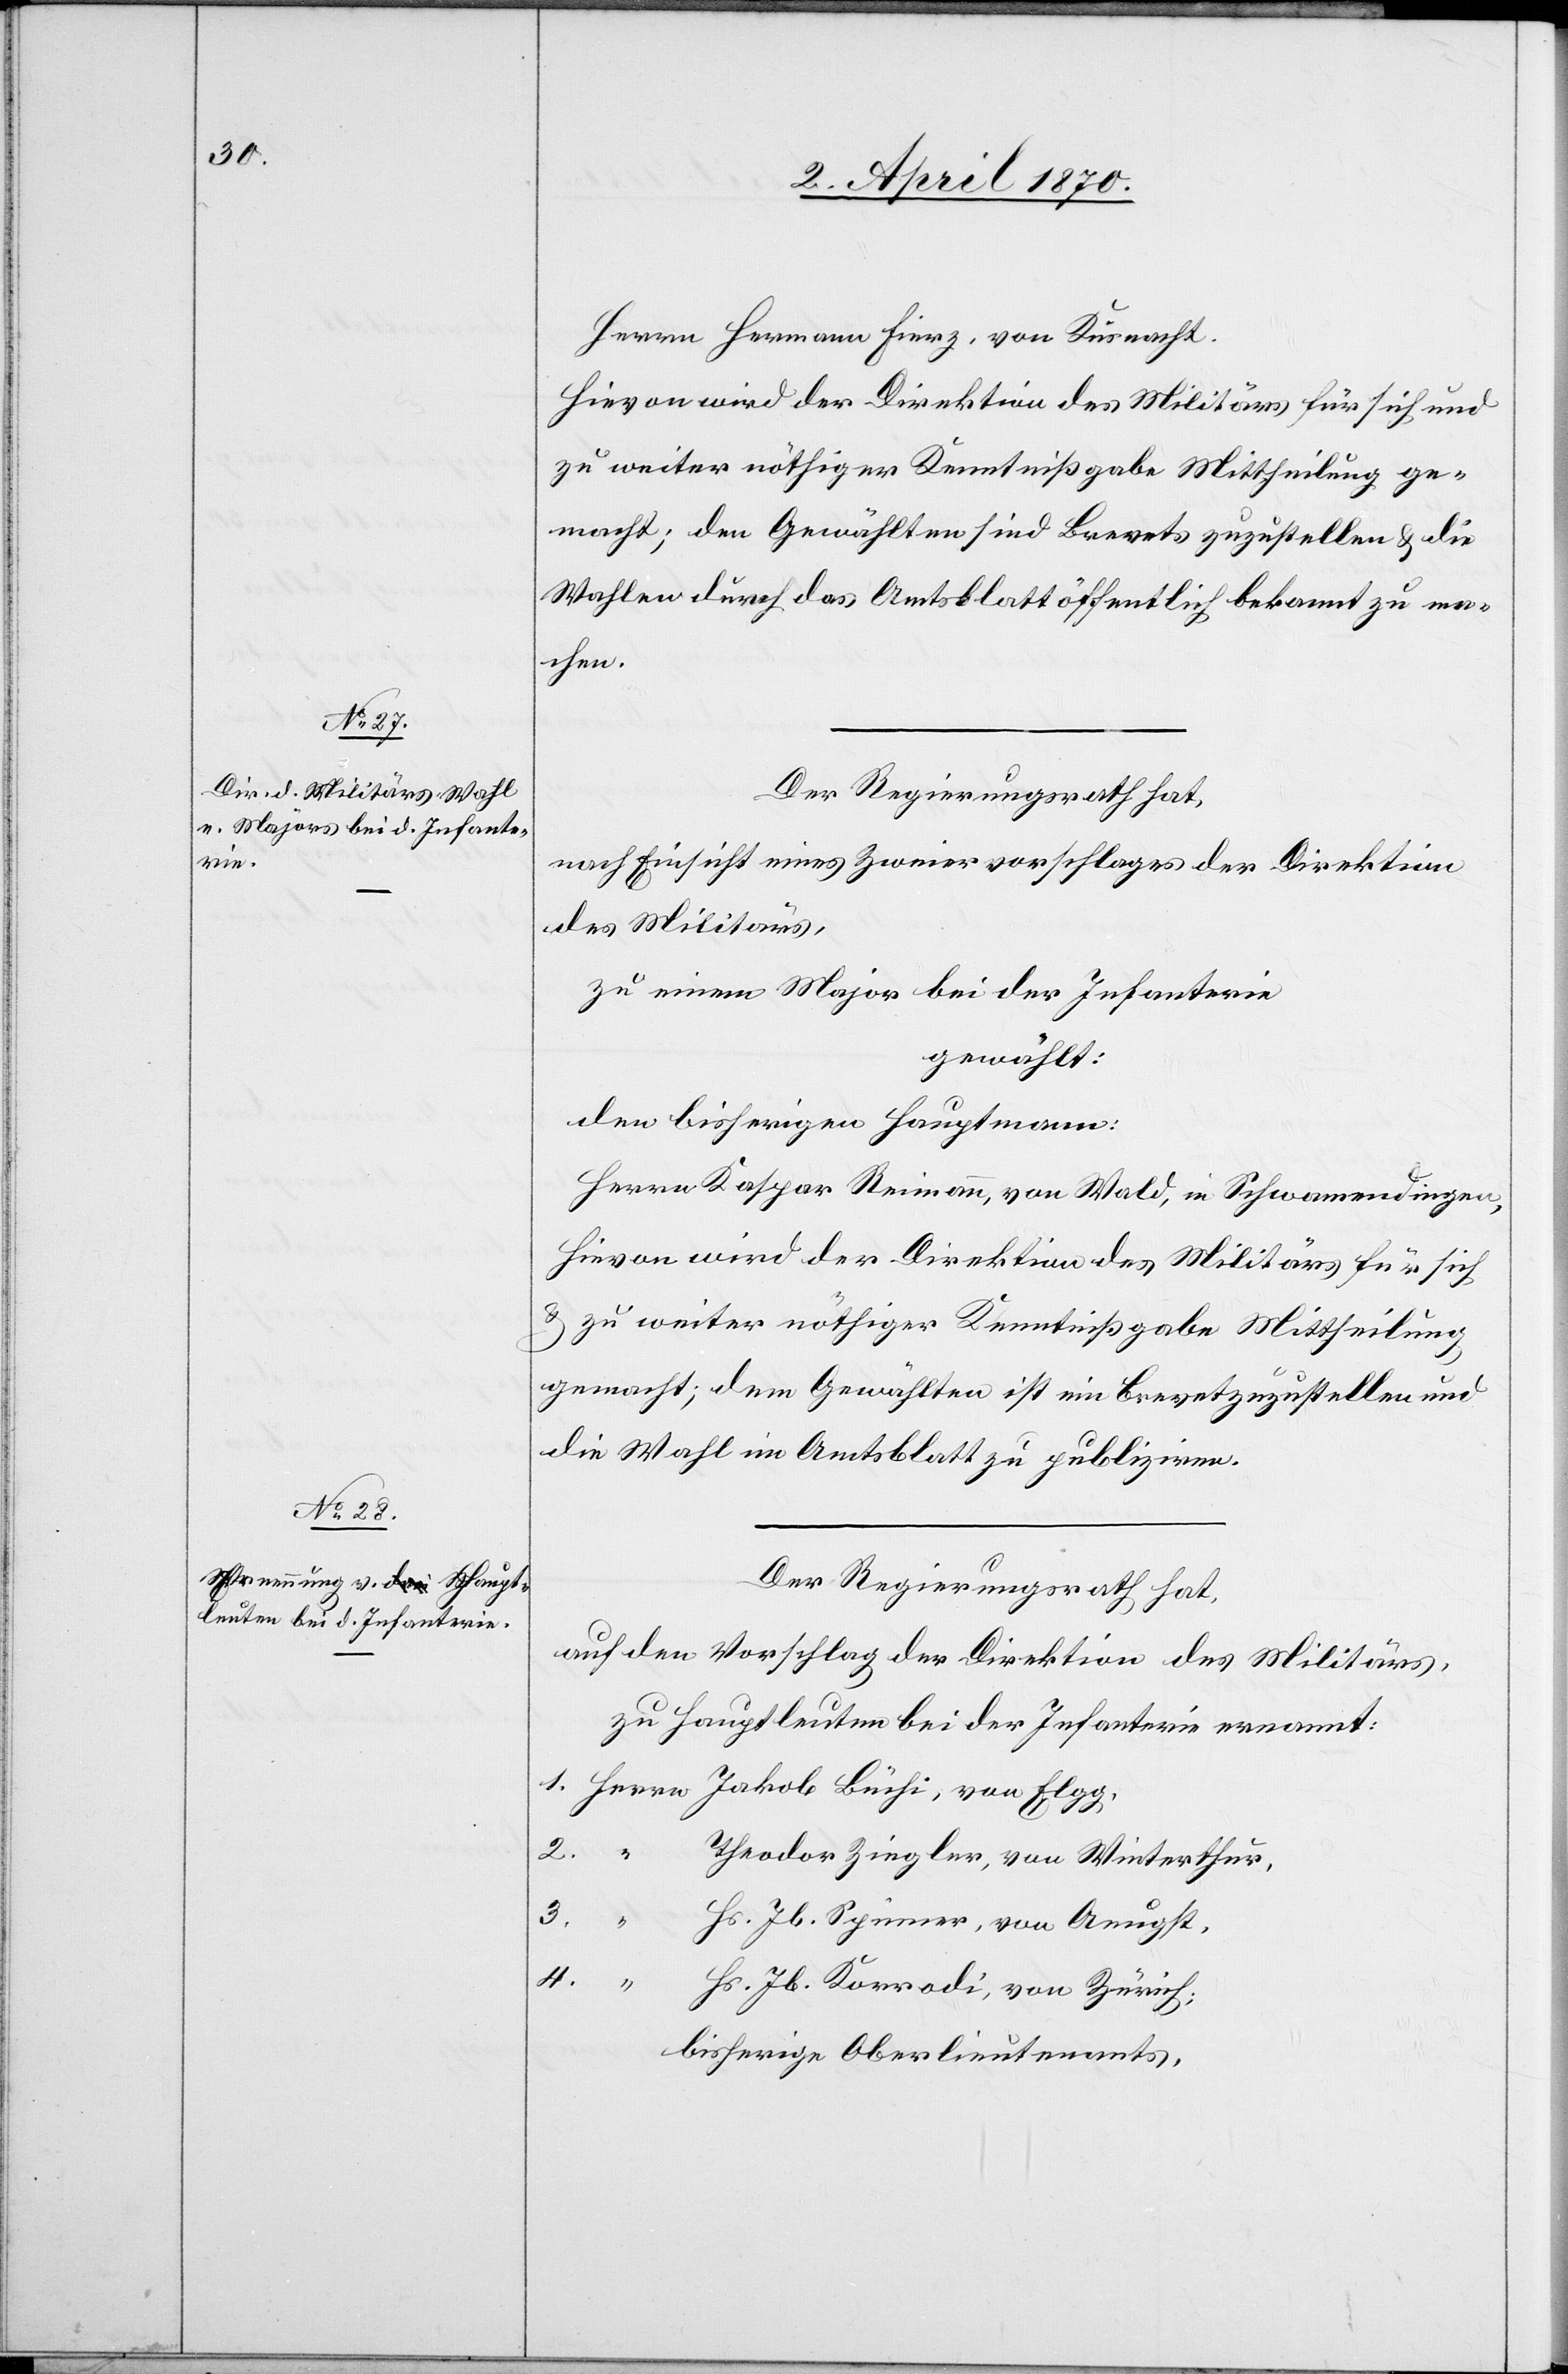
Herrn Hermann Fierz, von Küsnacht.
Hievon wird der Direktion des Militärs für sich und
zu weiter nöthiger Kenntnißgabe Mittheilung ge¬
macht; den Gewählten sind Brevets zuzustellen & die
Wahlen durch das Amtsblatt öffentlich bekannt zu ma¬
chen.
Der Regierungsrath hat,
nach Einsicht eines Zweiervorschlages der Direktion
des Militärs,
zu einem Major bei der Infanterie
gewählt:
den bisherigen Hauptmann:
Herrn Kaspar Reimann, von Wald, in Schwamendingen,
Hievon wird der Direktion des Militärs für sich
& zu weiter nöthiger Kenntnißgabe Mittheilung
gemacht; dem Gewählten ist ein Brevet zuzustellen und
die Wahl im Amtsblatt zu publiziren.
Der Regierungsrath hat,
auf den Vorschlag der Direktion des Militärs,
zu Hauptleuten bei der Infanterie ernannt:
1. Herrn Jakob Büchi, von Elgg,
2. “
Theodor Ziegler, von Winterthur,
3.
“
Hs. Jb. Spinner, von Aeugst,
4.
Hs. Jb. Korrodi, von Zürich;
bisherige Oberlieutenants,